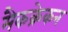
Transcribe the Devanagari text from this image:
मैकक्रेकन